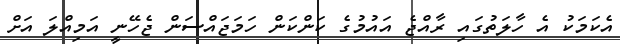
އެކަމަކު އެ ހާލަތުގައި ރާއްޖެ އައުމުގެ ކަންކަން ހަމަޖައްސަން ޖެހޭނީ އަމިއްލަ އަށް